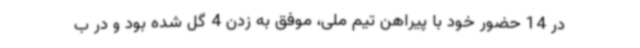
در 14 حضور خود با پیراهن تیم ملی، موفق به زدن 4 گل شده بود و در ب